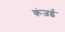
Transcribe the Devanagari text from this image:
कंजई